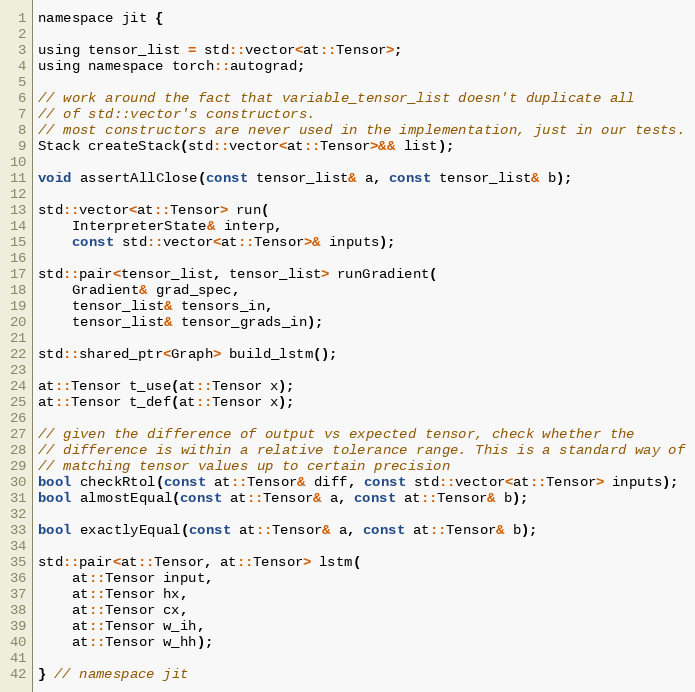
Language: C
namespace jit {

using tensor_list = std::vector<at::Tensor>;
using namespace torch::autograd;

// work around the fact that variable_tensor_list doesn't duplicate all
// of std::vector's constructors.
// most constructors are never used in the implementation, just in our tests.
Stack createStack(std::vector<at::Tensor>&& list);

void assertAllClose(const tensor_list& a, const tensor_list& b);

std::vector<at::Tensor> run(
    InterpreterState& interp,
    const std::vector<at::Tensor>& inputs);

std::pair<tensor_list, tensor_list> runGradient(
    Gradient& grad_spec,
    tensor_list& tensors_in,
    tensor_list& tensor_grads_in);

std::shared_ptr<Graph> build_lstm();

at::Tensor t_use(at::Tensor x);
at::Tensor t_def(at::Tensor x);

// given the difference of output vs expected tensor, check whether the
// difference is within a relative tolerance range. This is a standard way of
// matching tensor values up to certain precision
bool checkRtol(const at::Tensor& diff, const std::vector<at::Tensor> inputs);
bool almostEqual(const at::Tensor& a, const at::Tensor& b);

bool exactlyEqual(const at::Tensor& a, const at::Tensor& b);

std::pair<at::Tensor, at::Tensor> lstm(
    at::Tensor input,
    at::Tensor hx,
    at::Tensor cx,
    at::Tensor w_ih,
    at::Tensor w_hh);

} // namespace jit